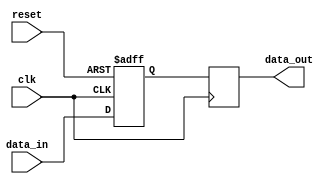
module ParameterFocusedInit #(
    parameter SIZE = 8,           // Default size parameter
    parameter THRESHOLD = 128,    // Default threshold value
    parameter MODE = 1             // Default mode of operation
)(
    input wire clk,               // Clock input
    input wire reset,             // Reset input
    input wire [SIZE-1:0] data_in,// Input data
    output reg [SIZE-1:0] data_out // Output data
);

    // Internal variable declaration
    reg [SIZE-1:0] internal_var;
    reg [SIZE-1:0] threshold_var;

    // Initialization block
    initial begin
        // Initialize internal variables based on parameters
        internal_var = 0;
        threshold_var = THRESHOLD;
    end

    // Reset mechanism
    always @(posedge clk or posedge reset) begin
        if (reset) begin
            // Re-initialize internal variables based on parameters
            internal_var <= 0;
            threshold_var <= THRESHOLD;
        end else begin
            // Behavioral logic based on mode
            case (MODE)
                1: begin
                    // Mode 1: Simple pass-through
                    internal_var <= data_in;
                end
                2: begin
                    // Mode 2: Thresholding operation
                    if (data_in > threshold_var) begin
                        internal_var <= threshold_var;
                    end else begin
                        internal_var <= data_in;
                    end
                end
                default: begin
                    // Default behavior
                    internal_var <= 0;
                end
            endcase
        end
    end

    // Assign output
    always @(posedge clk) begin
        data_out <= internal_var;
    end

endmodule